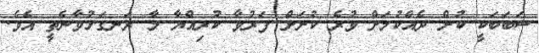
ސަބަބަކީ ކުށް ދެއްކުމަށް ވުރެ ކުށަށް ފަރުވާ ކުރިއްޔާ މާ ރަނގަޅުވާނެތީ އެވެ.